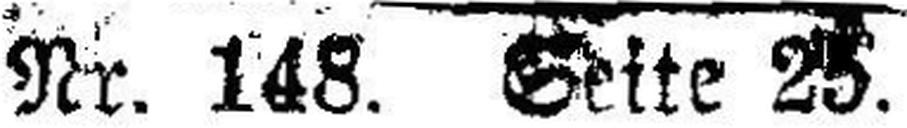
Nr. 148. Seite 25.